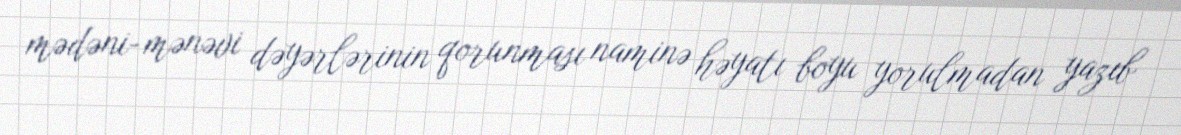
mədəni-mənəvi dəyərlərinin qorunması naminə həyatı boyu yorulmadan yazıb